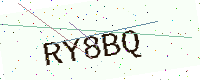
Text: RY8BQ